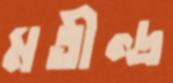
মতীন্দ্র